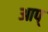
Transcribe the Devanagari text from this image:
आप्